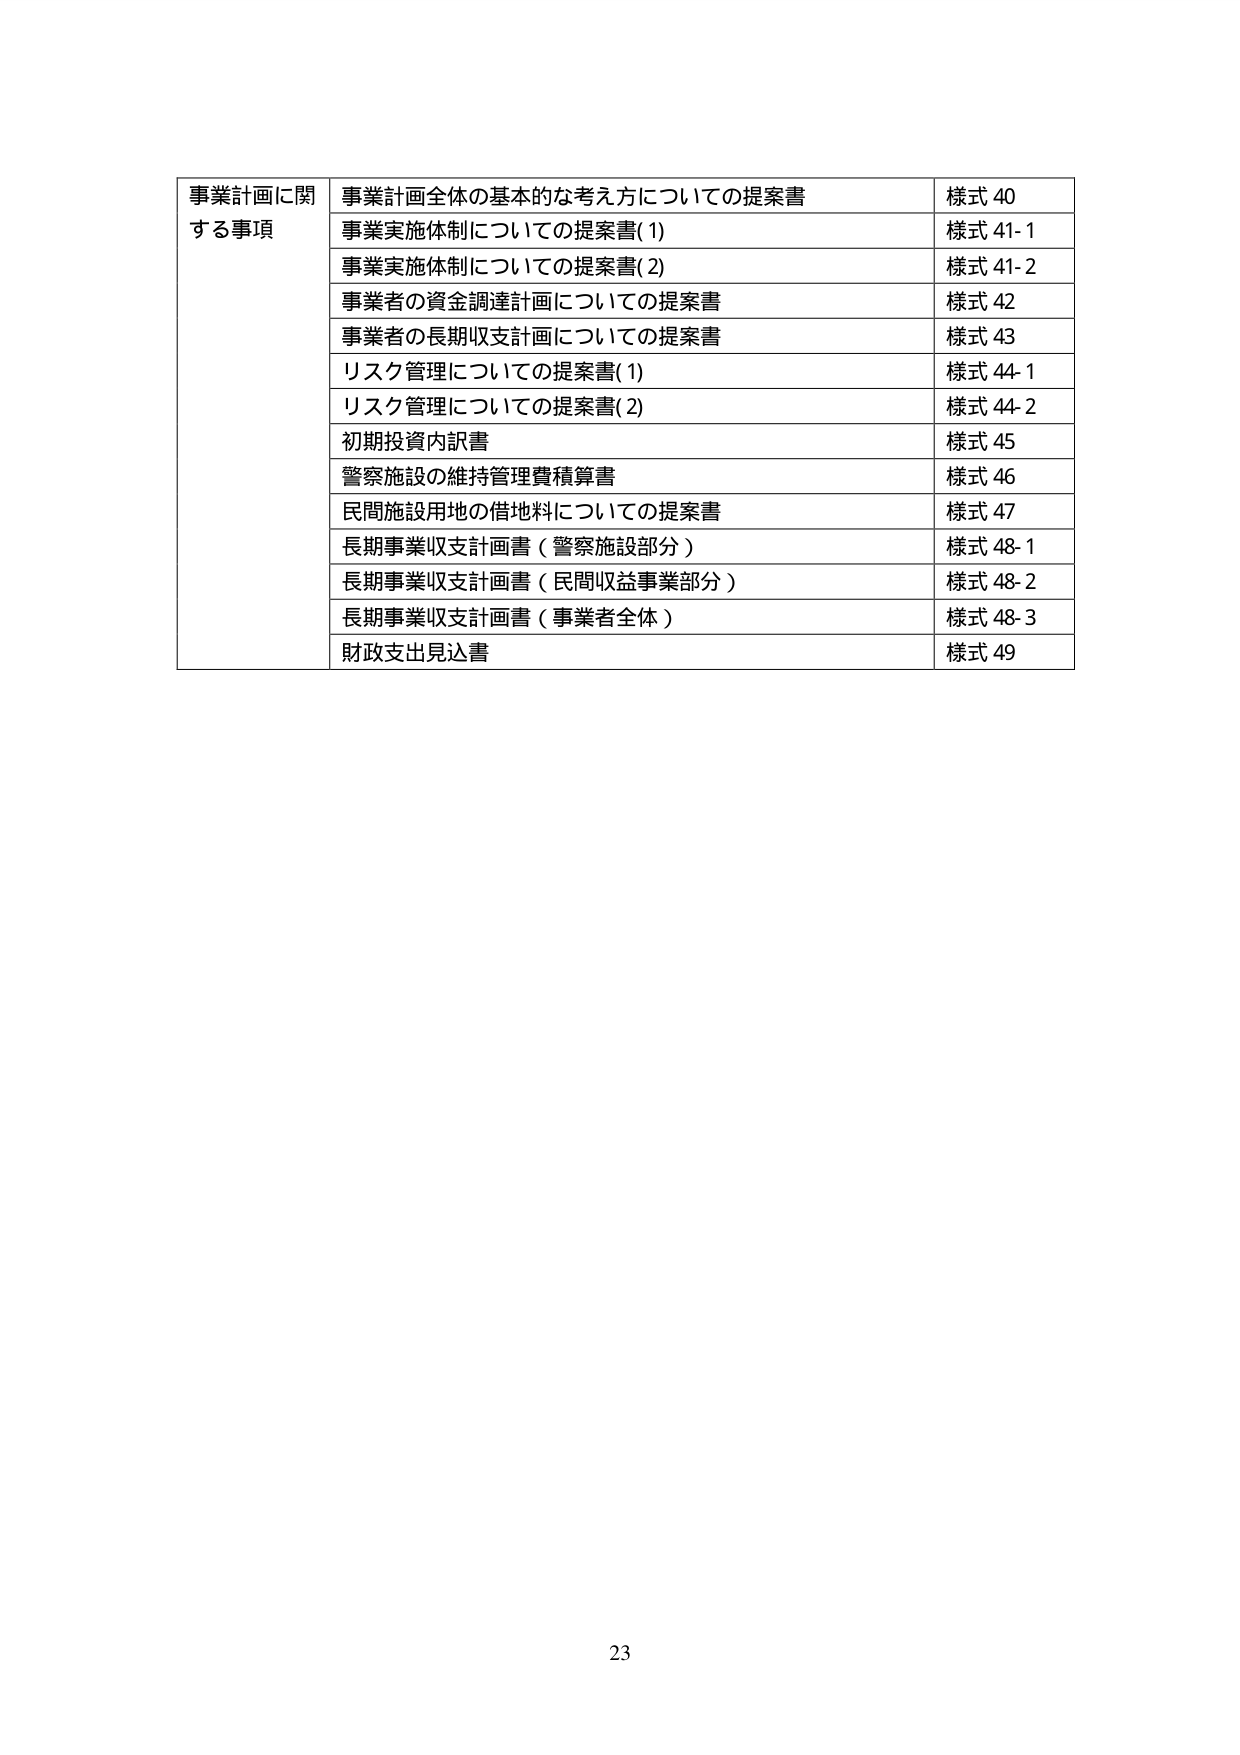
事業計画に関する事項 事業計画全体の基本的な考え方についての提案書 様式 40
事業実施体制についての提案書(1) 様式 41-1
事業実施体制についての提案書(2) 様式 41-2
事業者の資金調達計画についての提案書 様式 42
事業者の長期収支計画についての提案書 様式 43
リスク管理についての提案書(1) 様式 44-1
リスク管理についての提案書(2) 様式 44-2
初期投資内訳書 様式 45
警察施設の維持管理費積算書 様式 46
民間施設用地の借地料についての提案書 様式 47
長期事業収支計画書（警察施設部分） 様式 48-1
長期事業収支計画書（民間収益事業部分） 様式 48-2
長期事業収支計画書（事業者全体） 様式 48-3
財政支出見込書 様式 49
23